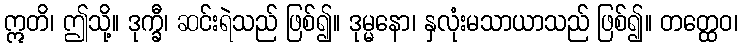
ဣတိ၊ ဤသို့။ ဒုက္ခီ၊ ဆင်းရဲသည် ဖြစ်၍။ ဒုမ္မနော၊ နှလုံးမသာယာသည် ဖြစ်၍။ တတ္ထေဝ၊